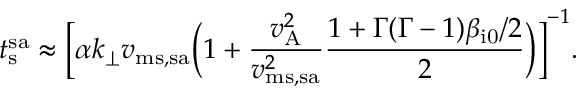
t _ { \mathrm { s } } ^ { \mathrm { s a } } \approx \biggl [ \alpha k _ { \perp } v _ { \mathrm { m s , s a } } \biggl ( 1 + \frac { v _ { \mathrm { A } } ^ { 2 } } { v _ { \mathrm { m s , s a } } ^ { 2 } } \frac { 1 + \Gamma ( \Gamma - 1 ) \beta _ { \mathrm { i 0 } } / 2 } { 2 } \biggr ) \biggr ] ^ { - 1 } .